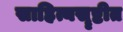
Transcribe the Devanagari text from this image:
साहित्यसॄष्टीत